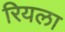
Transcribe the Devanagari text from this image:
रियला